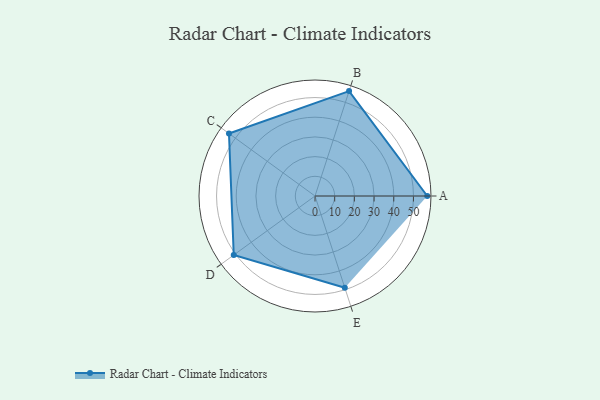
{"axis": {"x": "Skill", "y": "Score"}, "legend": ["Profile"], "data": [{"x": "A", "y": 57.0, "type": "Profile"}, {"x": "B", "y": 56.0, "type": "Profile"}, {"x": "C", "y": 54.0, "type": "Profile"}, {"x": "D", "y": 51.0, "type": "Profile"}, {"x": "E", "y": 49.0, "type": "Profile"}]}